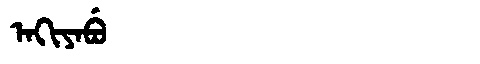
Manchu: ᠠᡴᡳᠶᠠᠪᡠ
Romanization: AKIYABU